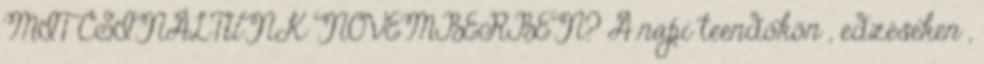
MIT CSINÁLTUNK NOVEMBERBEN? A napi teendőkön , edzéseken ,